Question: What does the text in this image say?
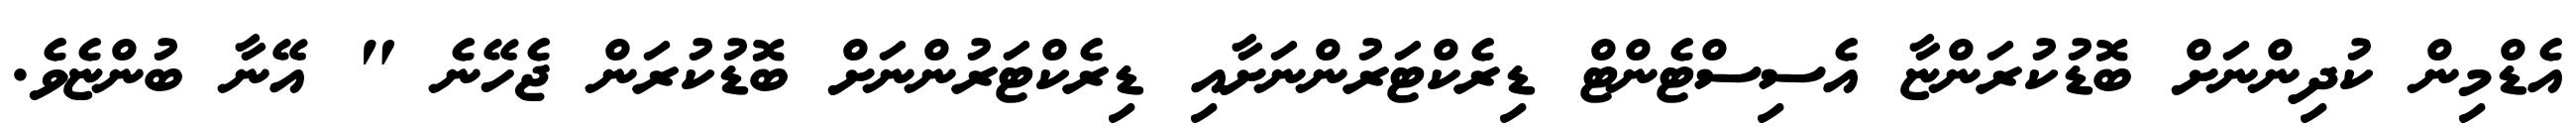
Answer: އެޑްމިން ކުދިންނަށް ބޮޑުކުރަންޏާ އެސިސްޓެންޓް ޑިރެކްޓަރުންނަށާއި ޑިރެކްޓަރުންނަށް ބޮޑުކުރަން ޖެހޭނެ " އޭނާ ބުންޏެވެ.